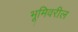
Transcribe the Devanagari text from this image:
भूमिवरील